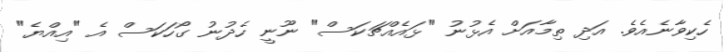
ހެކިވާނެއެވެ. އަދި ތިމާއަށް އެޅުނު "ޅައެއްޗަކަސް" ނޫނީ ހެދުނު ގޯހަކަސް އެ "އިއްޔެ"